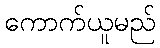
ကောက်ယူမည်